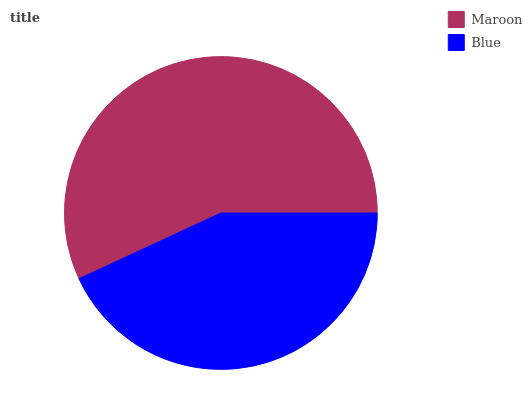
| Maroon | Blue |
 | --- | --- |
 | 56.8% | 43.2% |